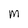
Character: M